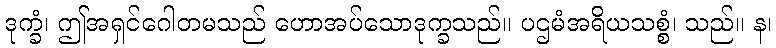
ဒုက္ခံ၊ ဤအရှင်ဂေါတမသည် ဟောအပ်သောဒုက္ခသည်။ ပဌမံအရိယသစ္စံ၊ သည်။ န၊